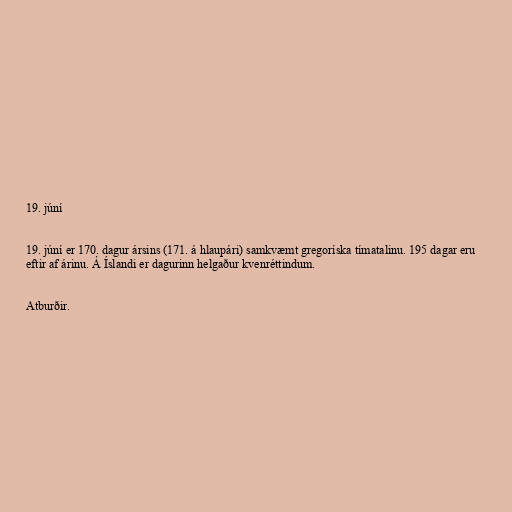
19. júní

19. júní er 170. dagur ársins (171. á hlaupári) samkvæmt gregoríska tímatalinu. 195 dagar eru
eftir af árinu. Á Íslandi er dagurinn helgaður kvenréttindum.

Atburðir.